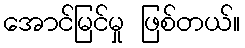
အောင်မြင်မှု ဖြစ်တယ်။